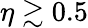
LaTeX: \eta\gtrsim 0.5